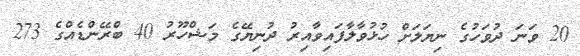
20 ވަނަ ދުވަހުގެ ނިޔަލަށް ހުޅުވާލާފައިވާއިރު ދުނިޔޭގެ މަޝްހޫރު 40 ބްރޭންޑެއްގެ 273